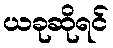
ယခုဆိုရင်